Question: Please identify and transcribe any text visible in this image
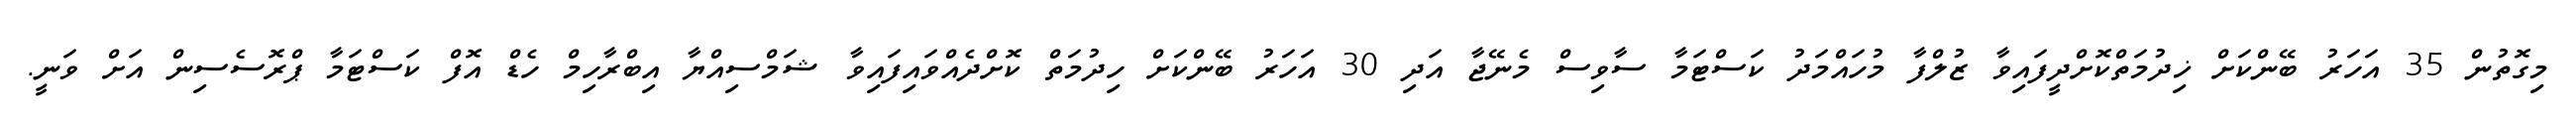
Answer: މިގޮތުން 35 އަހަރު ބޭންކަށް ޚިދުމަތްކޮށްދީފައިވާ ޒުލްފާ މުހައްމަދު ކަސްޓަމާ ސާވިސް މެނޭޖާ އަދި 30 އަހަރު ބޭންކަށް ހިދުމަތް ކޮށްދެއްވައިފައިވާ ޝަމްސިއްޔާ އިބްރާހިމް ހެޑް އޮފް ކަސްޓަމާ ޕްރޮސެސިން އަށް ވަނީ.